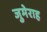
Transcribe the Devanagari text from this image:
जुमेराह